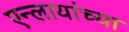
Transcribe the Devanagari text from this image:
एन्लायांच्या